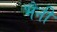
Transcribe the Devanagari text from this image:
भैनी